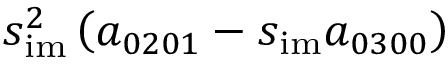
s _ { \mathrm { i m } } ^ { 2 } \left( a _ { 0 2 0 1 } - s _ { \mathrm { i m } } a _ { 0 3 0 0 } \right)